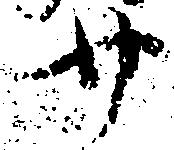
廿